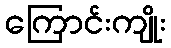
ကြောင်းကျိုး